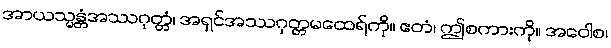
အာယသ္မန္တံအဿဂုတ္တံ၊ အရှင်အဿဂုတ္တမထေရ်ကို။ ဧတံ၊ ဤစကားကို။ အဝေါစ၊